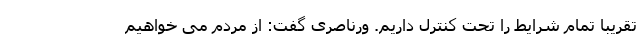
تقریبا تمام شرایط را تحت کنترل داریم. ورناصری گفت: از مردم می خواهیم